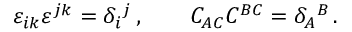
\varepsilon _ { i k } \varepsilon ^ { j k } = \delta _ { i } { } ^ { j } \, , \qquad C _ { A C } C ^ { B C } = \delta _ { A } { } ^ { B } \, .